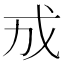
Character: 𪭊